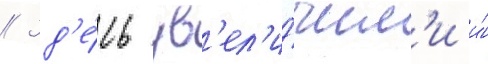
// Зд'е́сь ув'ел'и́чил'и и́